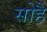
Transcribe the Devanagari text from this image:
सोहै